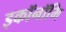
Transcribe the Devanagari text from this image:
इकॉनॉमि